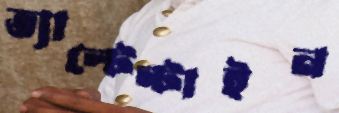
ভ্যাল্টেন্টাইন